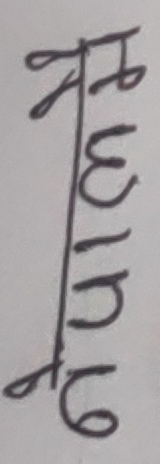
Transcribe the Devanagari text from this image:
The image displays a Nepali/Devanagari word written vertically and highly stylized, typical of a signature or a monogram.

Upon careful analysis, the characters, when interpreted as a single word written top-to-bottom, strongly resemble the Nepali/Devanagari surname "श्रेष्ठ" (Shreshtha).

Here's the breakdown of how the image maps to "श्रेष्ठ":

1.  **Top part (श्रे):** The topmost section of the image, including the two loops on the left and the structure on the right connected to the main vertical line, appears to be a stylized representation of "श्रे" (shre). The left loops can represent parts of "श" (sha), and the right-side elements combine to form the "र" (ra) conjunct and the "े" (e) vowel mark.

2.  **Middle part (ष्):** The section directly below the top part, on both sides of the vertical line, resembles a stylized "ष्" (ṣa). The loop on the right and the overall structure fit a decorative rendering of this character. It could also be interpreted as 'ढ' (ḍha) or 'ण' (ṇa) in isolation, but in the context of "श्रेष्ठ", 'ष्' is the most plausible.

3.  **Bottom part (ठ):** The lowest section of the image, with its prominent loop and the small stroke/vowel on the right, matches a stylized "ठ" (ṭha). The loop to the left is consistent with 'ठ'. The vowel mark on the right is 'ो' (o) making it 'ठो', which is often how the end of "श्रेष्ठ" (Shreshṭha) is written in signatures, implying the full word ending in 'ठा' or 'ठो' as part of the flow. However, the standard spelling is "श्रेष्ठ" where the 'ठ' has no explicit vowel mark, relying on the inherent 'a'. Given the stylization, it could simply be the letter 'ठ'.

Combining these segments, the most probable interpretation of the vertically written, stylized text is "श्रेष्ठ".

extracted text: श्रेष्ठ